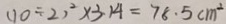
( 1 0 \div 2 ) ^ { 2 } \times 3 . 1 4 = 7 8 . 5 c m ^ { 2 }